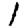
Digit: 1